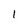
Character: 1